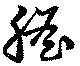
膽